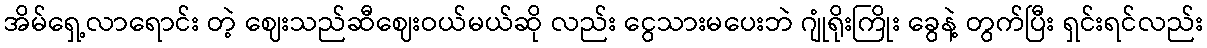
အိမ်ရှေ့လာရောင်း တဲ့ ဈေးသည်ဆီဈေးဝယ်မယ်ဆို လည်း ငွေသားမပေးဘဲ ဂျုံရိုးကြိုး ခွေနဲ့ တွက်ပြီး ရှင်းရင်လည်း